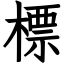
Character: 標